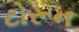
ટોરૂન